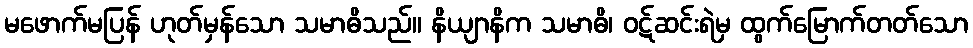
မဖောက်မပြန် ဟုတ်မှန်သော သမာဓိသည်။ နိယျာနိက သမာဓိ၊ ဝဋ်ဆင်းရဲမှ ထွက်မြောက်တတ်သော